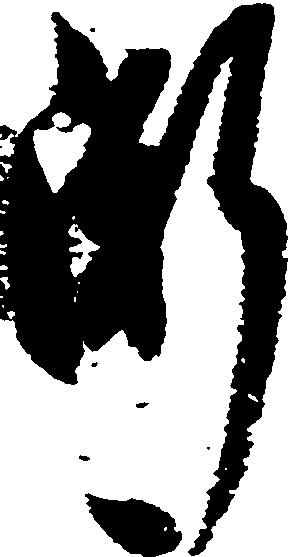
漸